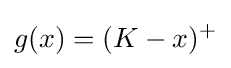
g(x)=(K-x)^{+}